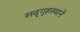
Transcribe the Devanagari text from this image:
सद्‌गृहस्थाने